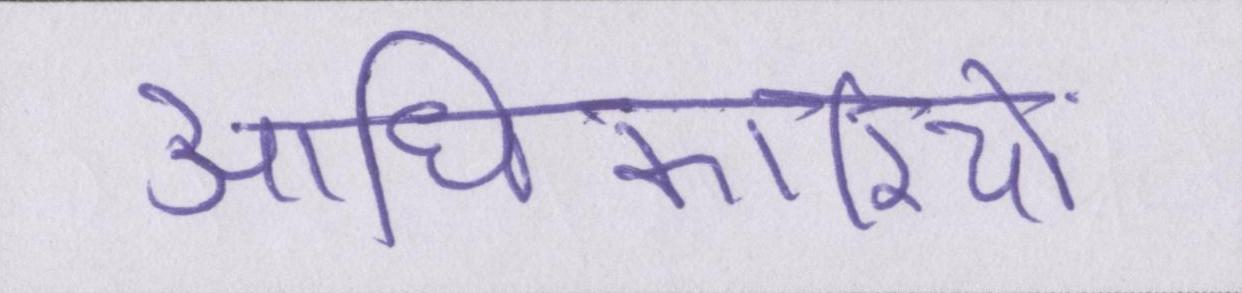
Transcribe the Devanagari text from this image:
आधिकारियों